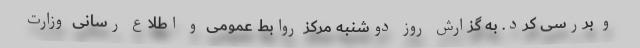
و بررسی کرد. به گزارش روز دوشنبه مرکز روابط عمومی و اطلاع رسانی وزارت